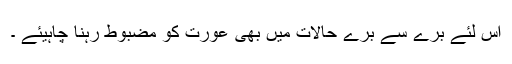
اس لئے برے سے برے حالات میں بھی عورت کو مضبوط رہنا چاہیئے ۔